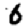
Digit: 6